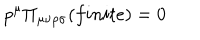
p ^ { \mu } \Pi _ { \mu \nu \rho \sigma } ( f i n i t e ) = 0